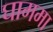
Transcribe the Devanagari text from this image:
घाममा